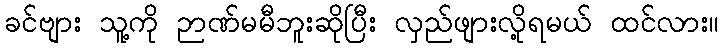
ခင်ဗျား သူ့ကို ဉာဏ်မမီဘူးဆိုပြီး လှည်ဖျားလို့ရမယ် ထင်လား။